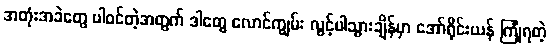
အတုံးအခဲတွေ ပါဝင်တဲ့အတွက် ဒါတွေ လောင်ကျွမ်း လွင့်ပါသွားချိန်မှာ အော်ရိုင်းယန် ကြုံရတဲ့